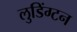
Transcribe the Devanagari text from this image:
लुडिंग्टन